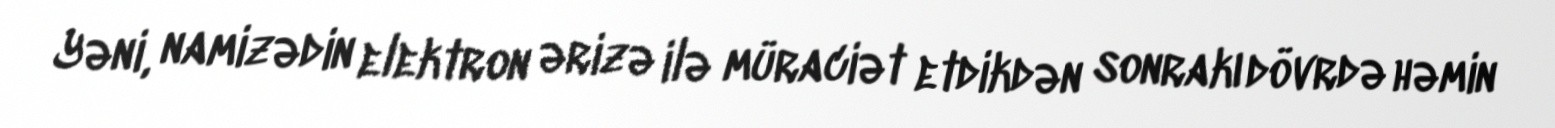
Yəni, namizədin elektron ərizə ilə müraciət etdikdən sonrakı dövrdə həmin